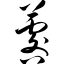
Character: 晷